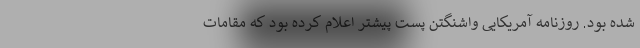
شده بود. روزنامه آمریکایی واشنگتن پُست پیشتر اعلام کرده بود که مقامات